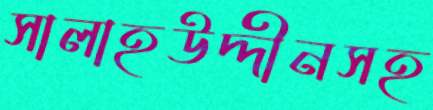
সালাহউদ্দীনসহ